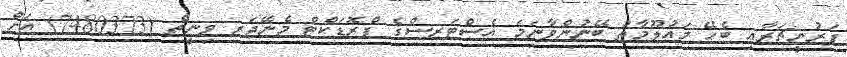
ފަރުނީޗަރާއި ބެހޭ މައުލޫމާތު ބޭނުންވާނަމަ އެސްޓަރސްގެ ޕްރޮޑަކްޓް މެނޭޖަރ ވިނީތް (7480373) އަށް